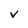
Character: V